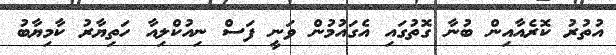
އުތުރު ކޮރެއާއިން ބުނާ ގޮތުގައި އެގައުމުން ވަނީ ފަސް ނިއުކްލިއާ ހަތިޔާރު ކާމިޔާބު